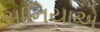
સાનિયાએ